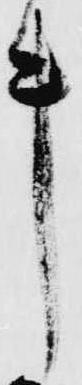
キ